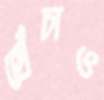
ছোঁচাও